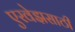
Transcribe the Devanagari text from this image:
एरवेझसाठी